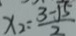
x _ { 2 } = \frac { 3 - \sqrt { 5 } } { 2 }